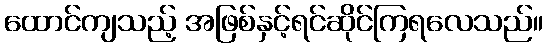
ထောင်ကျသည့် အဖြစ်နှင့်ရင်ဆိုင်ကြရလေသည်။